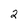
Character: 2